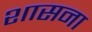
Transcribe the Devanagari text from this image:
शासना